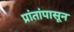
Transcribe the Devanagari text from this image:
प्रांतांपासून